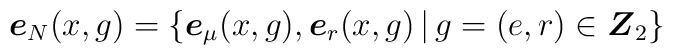
\mbox{\boldmath{$e$}}_N(x,g)=\left\{\mbox{\boldmath{$e$}}_\mu(x,g), \mbox{\boldmath{$e$}}_r(x,g)\,|\,         g=(e, r)\in \mbox{\boldmath{$Z$}}_2\right\}